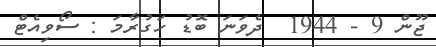
ޖޫން 9 - 1944  ދެވަނަ ބޮޑު ހަގުރާމަ : ސޯވިއެޓް